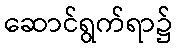
ဆောင်ရွက်ရာ၌